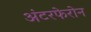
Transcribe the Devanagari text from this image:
अंटरफेरोन